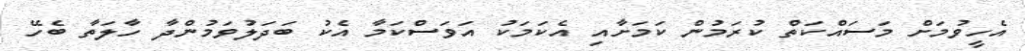
އެހީވުމަށް މަސައްކަތް ކުރަމުން ކަމަށާއި އެކަމަކު އަވަސްކަމާ އެކު ބަދަލުވަމުންދާ ހާލަތާ ބެހޭ